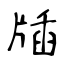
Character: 牐